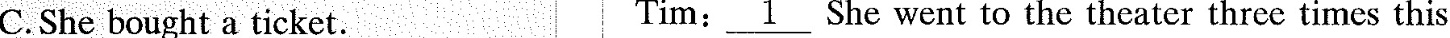
C.She bought a ticket. Tim: \underline{1} She went to the theater three times this